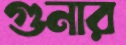
গুনার